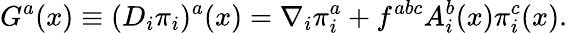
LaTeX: G^{a}(x)\equiv(D_{i}\pi_{i})^{a}(x)=\nabla_{i}\pi_{i}^{a}+f^{abc}A_{i}^{b}(x)\pi_{i}^{c}(x).